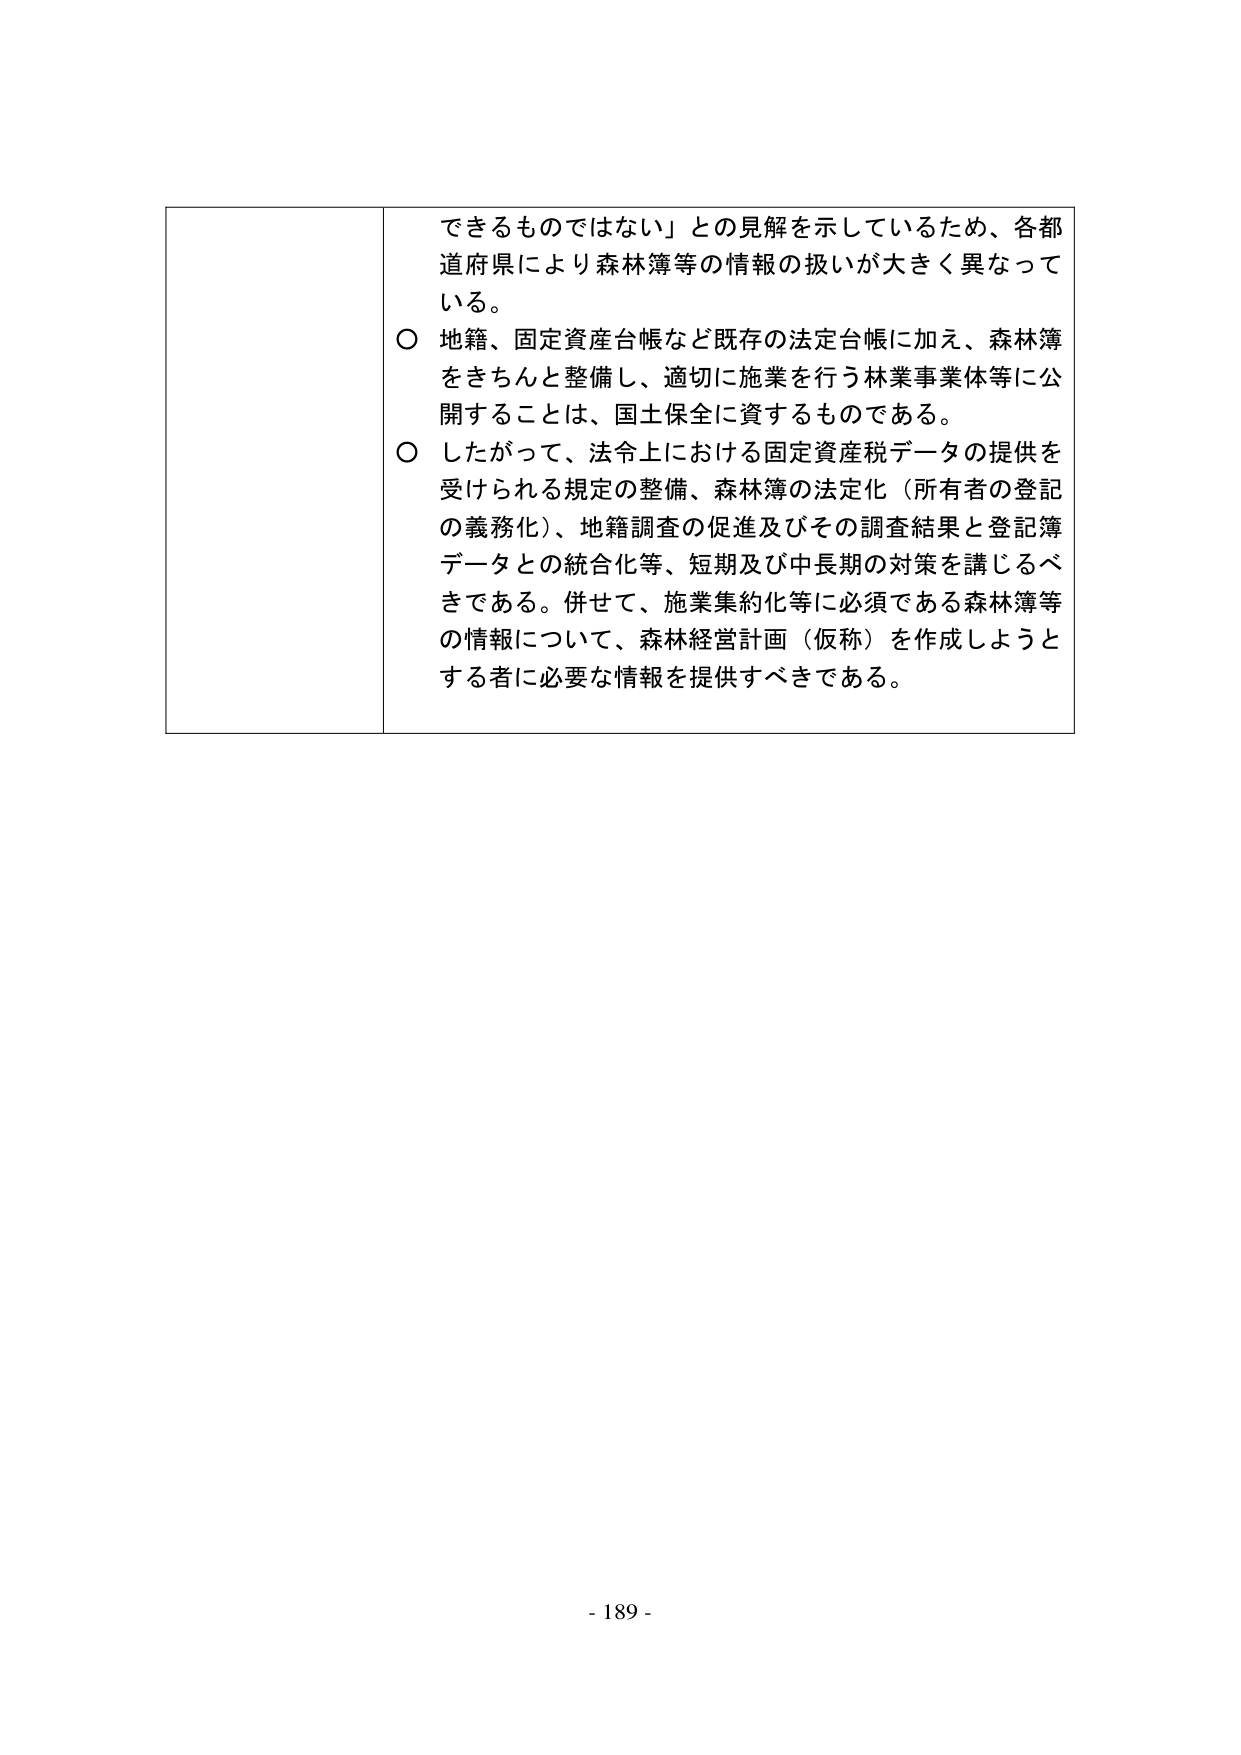
できるものではない」との見解を示しているため、各都道府県により森林簿等の情報の扱いが大きく異なっている。

○ 地籍、固定資産台帳など既存の法定台帳に加え、森林簿をきちんと整備し、適切に施業を行う林業事業体等に公開することは、国土保全に資するものである。

○ したがって、法令上における固定資産税データの提供を受けられる規定の整備、森林簿の法定化（所有者の登記の義務化）、地籍調査の促進及びその調査結果と登記簿データとの統合化等、短期及び中長期の対策を講じるべきである。併せて、施業集約化等に必須である森林簿等の情報について、森林経営計画（仮称）を作成しようとする者に必要な情報を提供すべきである。

- 189 -